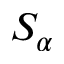
S _ { \alpha }